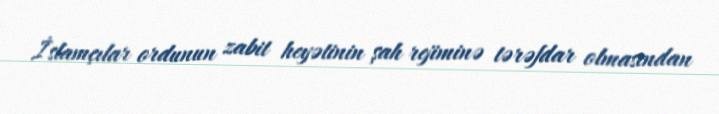
İslamçılar ordunun zabit heyətinin şah rejiminə tərəfdar olmasından